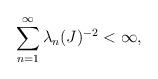
LaTeX: \begin{align*}\sum_{n=1}^{\infty}\lambda_{n}(J)^{-2}<\infty,\end{align*}